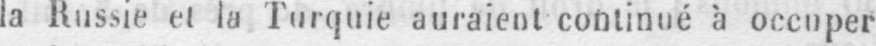
la Russie et la Turquie auraient continué à occuper